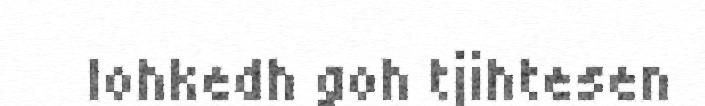
lohkedh goh tjihtesen